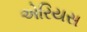
એરિયસ